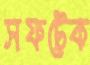
সফটেক